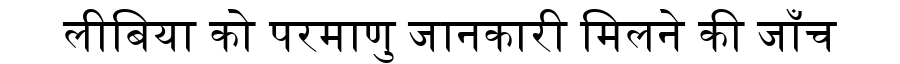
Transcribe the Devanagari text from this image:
लीबिया को परमाणु जानकारी मिलने की जाँच